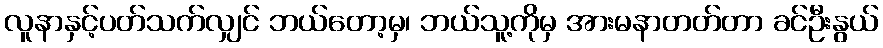
လူနာနှင့်ပတ်သက်လျှင် ဘယ်တော့မှ၊ ဘယ်သူ့ကိုမှ အားမနာတတ်တာ ခင်ဦးနွယ်